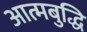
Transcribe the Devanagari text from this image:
आत्मबुद्धि